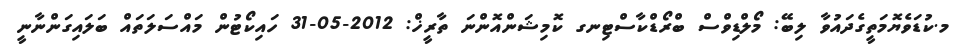
މ.ކުޑަވެޔޮމަތީގެދައުވާ ލިބޭ: މޯލްޑިވްސް ބްރޯޑްކާސްޓިނގ ކޮމިޝަންއޮންނަ ތާރީޚް: 2012-05-31 ހައިކޯޓުން މައްސަލަތައް ބަލައިގަންނާނީ